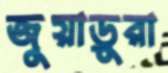
জুয়াড়ুরা